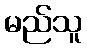
မည်သူ